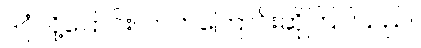
ဒဂုံလို့ပြောင်းလဲလာကြောင်းဆိုကြပါသည်။